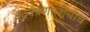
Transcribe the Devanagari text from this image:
कार्यप्रणालीचाच